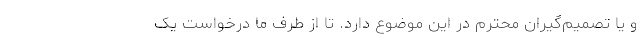
و یا تصمیم‌گیران محترم در این موضوع دارد. تا از طرف ما درخواست یک